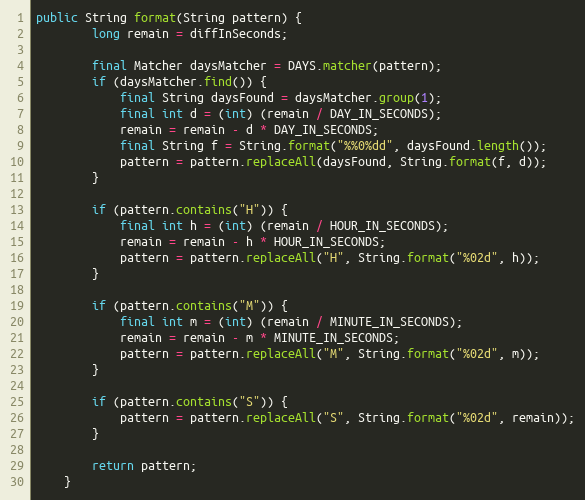
Language: Java
public String format(String pattern) {
		long remain = diffInSeconds;

		final Matcher daysMatcher = DAYS.matcher(pattern);
		if (daysMatcher.find()) {
			final String daysFound = daysMatcher.group(1);
			final int d = (int) (remain / DAY_IN_SECONDS);
			remain = remain - d * DAY_IN_SECONDS;
			final String f = String.format("%%0%dd", daysFound.length());
			pattern = pattern.replaceAll(daysFound, String.format(f, d));
		}

		if (pattern.contains("H")) {
			final int h = (int) (remain / HOUR_IN_SECONDS);
			remain = remain - h * HOUR_IN_SECONDS;
			pattern = pattern.replaceAll("H", String.format("%02d", h));
		}

		if (pattern.contains("M")) {
			final int m = (int) (remain / MINUTE_IN_SECONDS);
			remain = remain - m * MINUTE_IN_SECONDS;
			pattern = pattern.replaceAll("M", String.format("%02d", m));
		}

		if (pattern.contains("S")) {
			pattern = pattern.replaceAll("S", String.format("%02d", remain));
		}

		return pattern;
	}